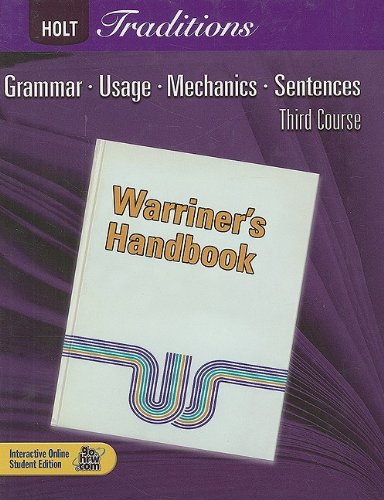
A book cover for Holt Traditions Warriner's Handbook: Student Edition Grade 9 Third Course 2008; RINEHART AND WINSTON HOLT; Teen & Young Adult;